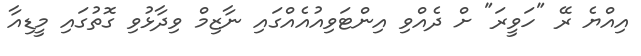
އިއްޔެ ރޭ "ހަވީރަ" ށް ދެއްވި އިންޓަވިއުއެއްގައި ނާޒިމް ވިދާޅުވި ގޮތުގައި މީޑިއާ